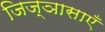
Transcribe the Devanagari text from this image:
जिज्ञासाएँ